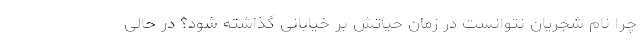
چرا نام شجریان نتوانست در زمان حیاتش بر خیابانی گذاشته شود؟ در حالی